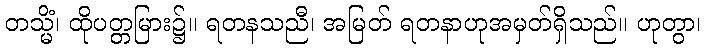
တသ္မိံ၊ ထိုပတ္တမြား၌။ ရတနသညီ၊ အမြတ် ရတနာဟုအမှတ်ရှိသည်။ ဟုတွာ၊